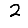
Digit: 2